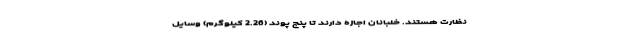
نظارت هستند. خلبانان اجازه دارند تا پنج پوند (2.26 کیلوگرم) وسایل